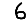
Digit: 6